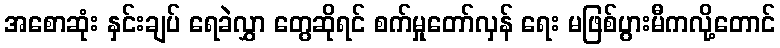
အစောဆုံး နှင်းချပ် ရေခဲလွှာ တွေဆိုရင် စက်မှုတော်လှန် ရေး မဖြစ်ပွားမီကလို့တောင်